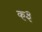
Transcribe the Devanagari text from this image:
क३